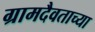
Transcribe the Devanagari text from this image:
ग्रामदैवताच्या